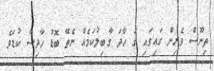
ތިނޫސް ވެރިން ގައިގައި ގަ ހާދަ ގާބިލުކަމެއް ނެތޭ ބޮޑު ހާދިސާ ކުޑަވެ